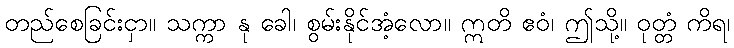
တည်စေခြင်းငှာ။ သက္ကာ နု ခေါ၊ စွမ်းနိုင်အံ့လော။ ဣတိ ဧဝံ၊ ဤသို့။ ဝုတ္တံ ကိရ၊